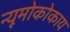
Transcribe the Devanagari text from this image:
न्यूमोकोकाय